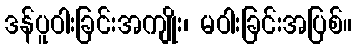
ဒန်ပူဝါးခြင်းအကျိုး၊ မဝါးခြင်းအပြစ်။